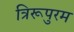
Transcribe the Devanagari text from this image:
त्रिरूपुरम